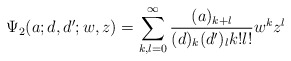
\begin{align*}\Psi _2(a;d,d';w,z)=\sum_{k,l=0}^{\infty}\frac{(a)_{k+l}}{(d)_{k}(d')_{l}k!l!}w^kz^l\end{align*}